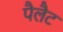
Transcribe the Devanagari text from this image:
पैलैट